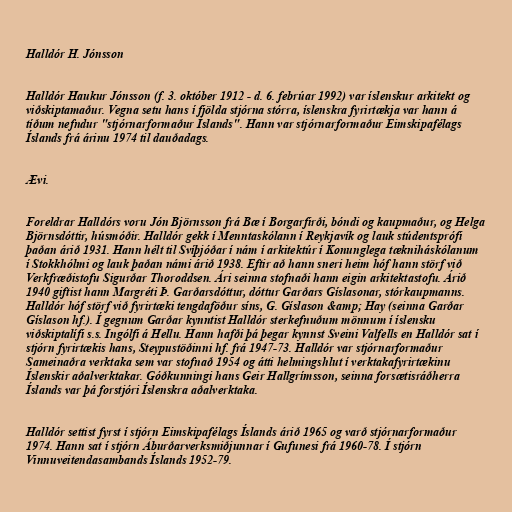
Halldór H. Jónsson

Halldór Haukur Jónsson (f. 3. október 1912 - d. 6. febrúar 1992) var íslenskur arkitekt og
viðskiptamaður. Vegna setu hans í fjölda stjórna stórra, íslenskra fyrirtækja var hann á
tíðum nefndur "stjórnarformaður Íslands". Hann var stjórnarformaður Eimskipafélags
Íslands frá árinu 1974 til dauðadags.

Ævi.

Foreldrar Halldórs voru Jón Björnsson frá Bæ í Borgarfirði, bóndi og kaupmaður, og Helga
Björnsdóttir, húsmóðir. Halldór gekk í Menntaskólann í Reykjavík og lauk stúdentsprófi
þaðan árið 1931. Hann hélt til Svíþjóðar í nám í arkitektúr í Konunglega tækniháskólanum
í Stokkhólmi og lauk þaðan námi árið 1938. Eftir að hann sneri heim hóf hann störf við
Verkfræðistofu Sigurðar Thoroddsen. Ári seinna stofnaði hann eigin arkitektastofu. Árið
1940 giftist hann Margréti Þ. Garðarsdóttur, dóttur Garðars Gíslasonar, stórkaupmanns.
Halldór hóf störf við fyrirtæki tengdaföður síns, G. Gíslason &amp; Hay (seinna Garðar
Gíslason hf.). Í gegnum Garðar kynntist Halldór sterkefnuðum mönnum í íslensku
viðskiptalífi s.s. Ingólfi á Hellu. Hann hafði þá þegar kynnst Sveini Valfells en Halldór sat í
stjórn fyrirtækis hans, Steypustöðinni hf. frá 1947-73. Halldór var stjórnarformaður
Sameinaðra verktaka sem var stofnað 1954 og átti helmingshlut í verktakafyrirtækinu
Íslenskir aðalverktakar. Góðkunningi hans Geir Hallgrímsson, seinna forsætisráðherra
Íslands var þá forstjóri Íslenskra aðalverktaka.

Halldór settist fyrst í stjórn Eimskipafélags Íslands árið 1965 og varð stjórnarformaður
1974. Hann sat í stjórn Áburðarverksmiðjunnar í Gufunesi frá 1960-78. Í stjórn
Vinnuveitendasambands Íslands 1952-79.